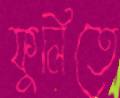
ফুলিতে